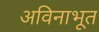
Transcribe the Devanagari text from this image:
अविनाभूत